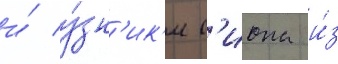
и́ у́зн'ик'и с'иона и́з